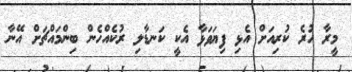
މީރާ ހުރެ ކުރިއަށް އެޅި ފިޔަވަޅާ އެކީ ކަނޑާލި ރުކެއްހެން ބިންމައްޗަށް އޭނާ